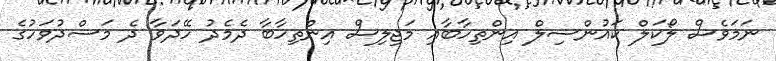
ނަމަވެސް ލޯކަލް ކައުންސިލް އިންތިހާބާއި މަޖިލިސް އިންތިހާބާ ދެމެދު ހޭދަވާ ދެ މަސްދުވަހުގެ